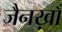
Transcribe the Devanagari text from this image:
जैनख़ाँ